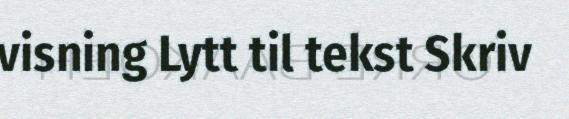
visning Lytt til tekst Skriv